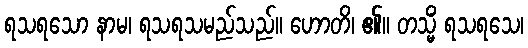
ရသရသော နာမ၊ ရသရသမည်သည်။ ဟောတိ၊ ၏။ တသ္မိံ ရသရသေ၊